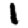
Digit: 1